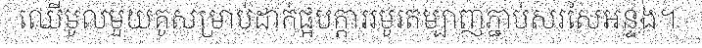
ឈើមូលមួយគូសម្រាប់ដាក់ផ្អបក្តាររមូរតម្បាញភ្ជាប់សរសៃអន្ទង។